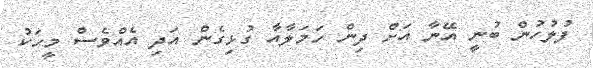
ފުލުހުން ބުނީ އޭނާ އަށް ދިން ހަމަލާއާ ގުޅިގެން އަދި އެއްވެސް މީހަކު